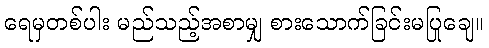
ရေမှတစ်ပါး မည်သည့်အစာမျှ စားသောက်ခြင်းမပြုချေ။